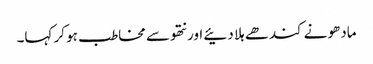
مادھو نے کندھے ہلا دئیے اور نتھو سے مخاطب ہو کر کہا۔